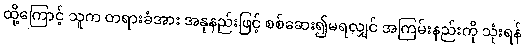
ထို့ကြောင့် သူက တရားခံအား အနုနည်းဖြင့် စစ်ဆေး၍မရလျှင် အကြမ်းနည်းကို သုံးရန်